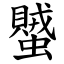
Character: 蠈